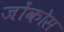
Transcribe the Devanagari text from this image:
जोंकोस